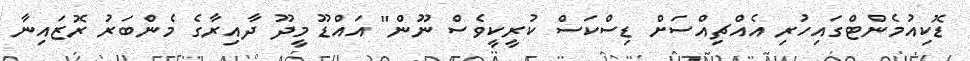
ޑޮކިއުމެންޓްގައިހުރި އެއްޗިއްސަށް ޑިސްކަސް ކުރީކީވެސް ނޫން" އައްޑޫ މީދޫ ދާއިރާގެ މެންބަރު ރޮޒައިނާ